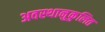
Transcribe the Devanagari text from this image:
अवस्थानुकुलित